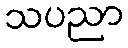
သပညာ